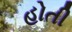
હોતી